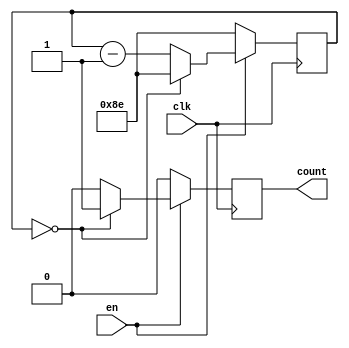
module counter_VCFSM (clk, en, count);

input clk;
input en;
output count;

reg [8:0] MID;
reg count;


parameter N = 9'd654;

initial MID = N;

always @ (posedge clk)
   begin
	   if(en == 1'b1) begin
		   if(MID == 0) begin
			   MID <= N;
				count <= 1'b1;
				end
			else begin
		      MID <= MID-1'b1;
				count <= 1'b0;
				end
		   end
		else begin
		   MID <= N;
			count <= 1'b0;
			end
	end
endmodule